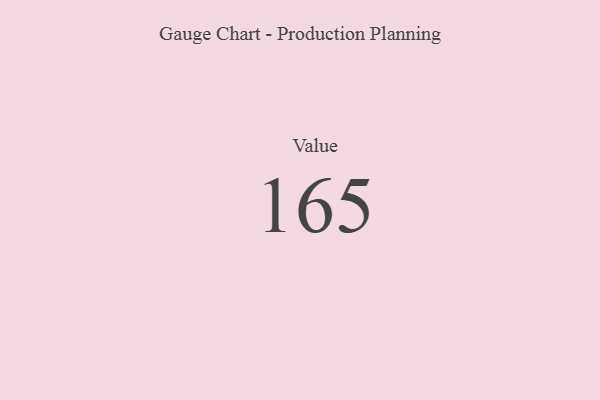
{"axis": {"x": "Metric", "y": "Value"}, "legend": [""], "data": [{"x": "Value", "y": 165, "type": ""}]}